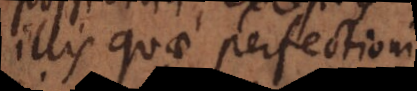
illis quae perfectioni